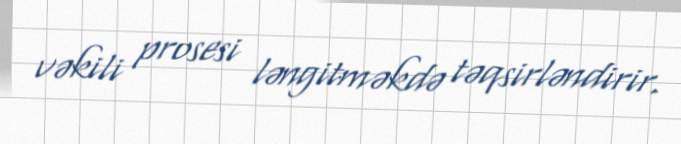
vəkili prosesi ləngitməkdə təqsirləndirir.